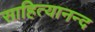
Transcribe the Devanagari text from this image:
साहित्यानन्द